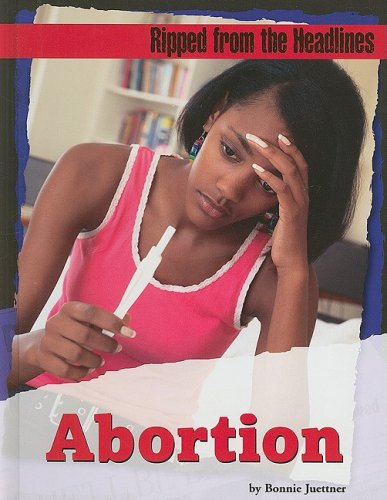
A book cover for Abortion (Ripped from the Headlines); Bonnie Juettner; Teen & Young Adult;